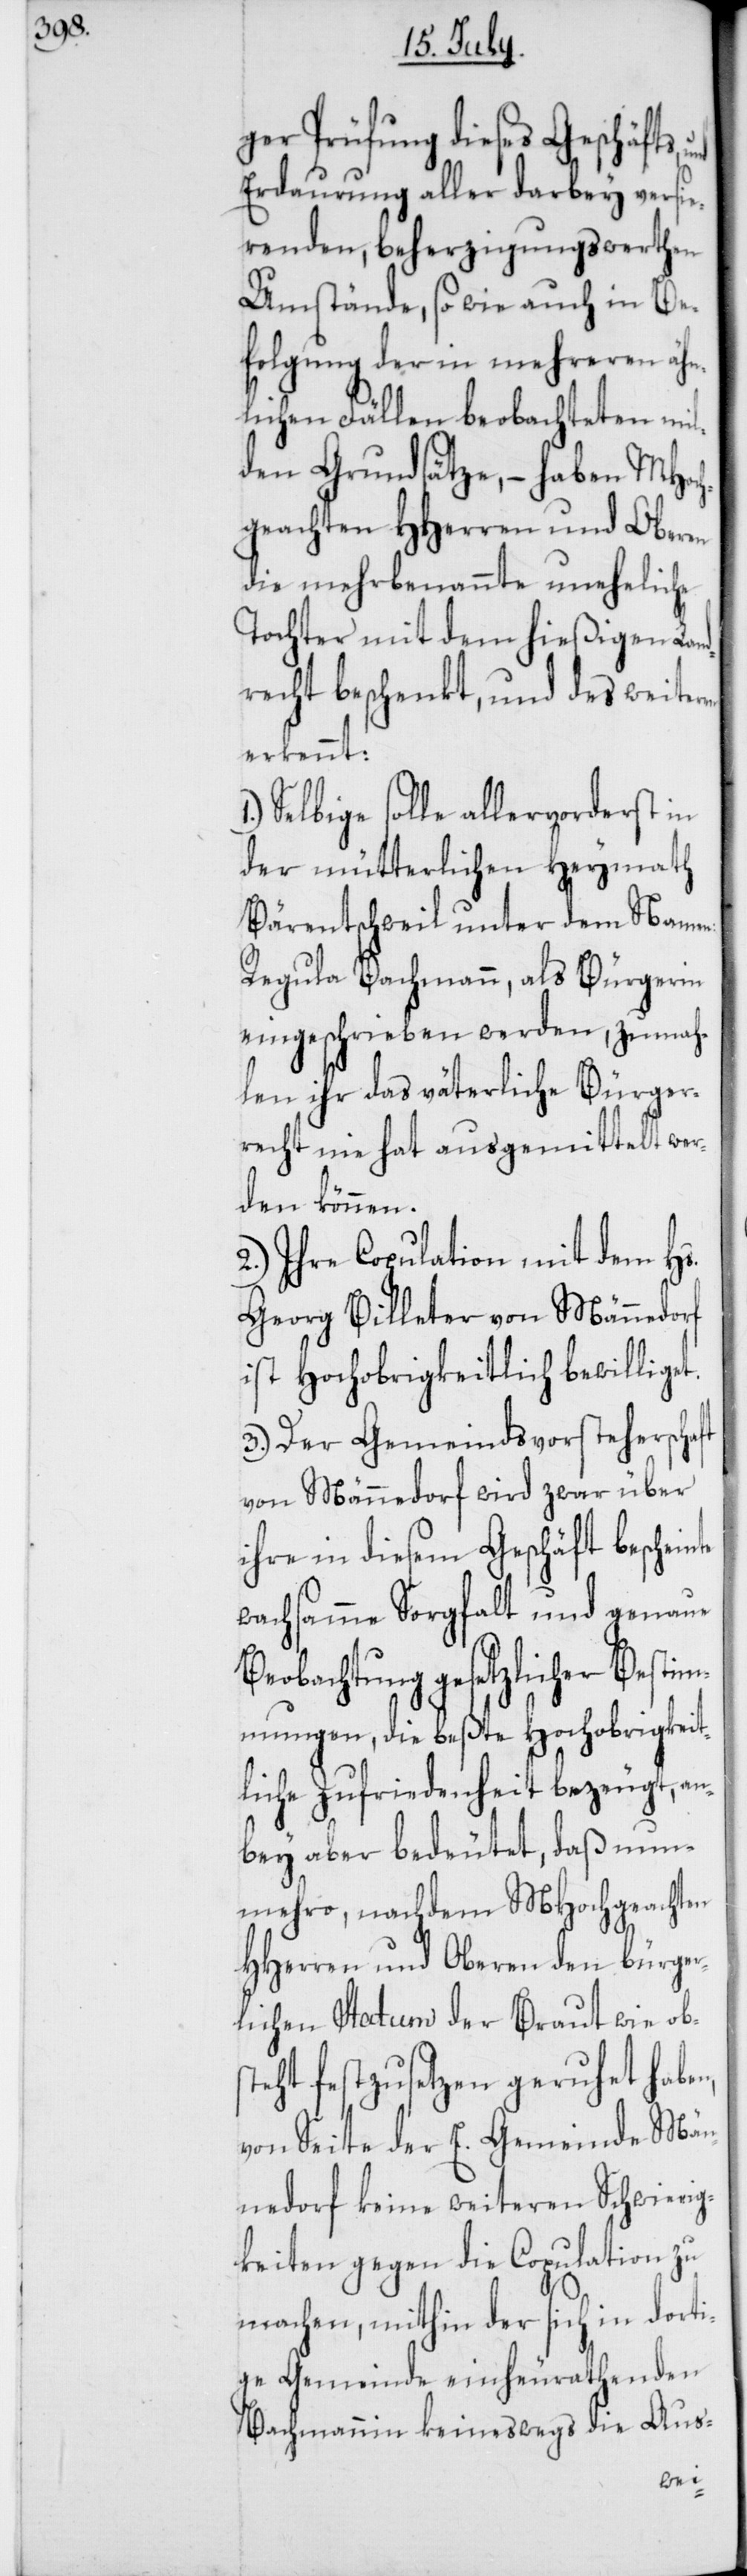
ger Prüfung dieses Geschäfts,
Erdaurung aller darbey versi¬
erenden, beherzigungswerthen
Umstände, sowie auch in Be¬
folgung der in mehreren ähn¬
lichen Fällen beobachteten mil¬
den Grundsätze, – haben MHoc¬
hgeachten HHerren und Oberen
die mehrbenannte uneheliche
Tochter mit dem hießigen Lan¬
drecht beschenkt, und des weite¬
erkennt:
Selbige solle allervorderst in
der mütterlichen Heymath
Bärentschweil und dem Namen
Regula Bachmann, als Bürgerin
eingeschrieben werden, zumah¬
len ihr das väterliche Bürger¬
recht nie hat ausgemittelt wer¬
den können.
2.) Ihre Copulation mit dem Hs.
Georg Billeter von Männedorf
ist Hochobrigkeitlich bewilliget.
3.) Der Gemeindsvorsteherschaft
von Männedorf wird zwar über
ihre in diesem Geschäft beschein¬
wachsamme Sorgfalt und genaue
Beobachtung gesetzlicher Besti¬
mmungen, die beßte Hochobrigkeit¬
liche Zufriedenheit bezeugt, an¬
bey aber bedeutet, daß nun¬
mehro, nachdem MHochgeachten
HHerren und Oberen den bürger¬
lichen Statum der Braut wie obs¬
ht, festzusetzen geruhet haben,
von Seite der E. Gemeinde Män¬
nedorf keine weiteren Schwierig¬
keiten gegen die Copulation zu
machen, mithin der sich in dor¬
tige Gemeinde einheurathenden
Bachmannin keineswegs die Aus-
te¬